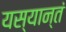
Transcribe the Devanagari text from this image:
यस्यान्तं